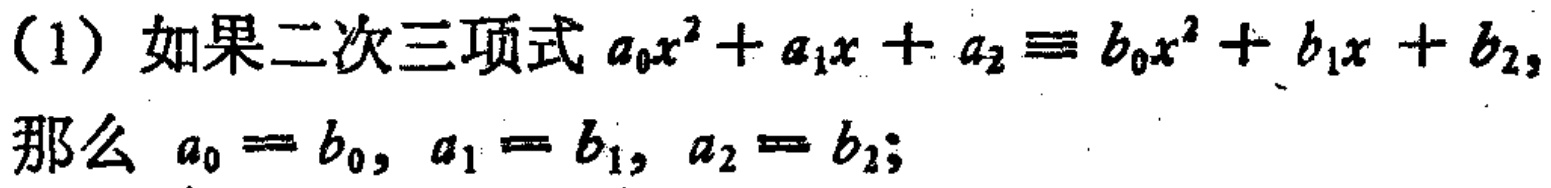
(1) 如果二次三项式 \(a_{0}x^{2}+a_{1}x + a_{2}\equiv b_{0}x^{2}+b_{1}x + b_{2}\)，那么 \(a_{0}=b_{0},a_{1}=b_{1},a_{2}=b_{2}\)；